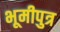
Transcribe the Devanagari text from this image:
भूमीपुत्र